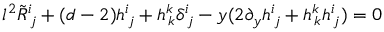
l ^ { 2 } \tilde { R } _ { \, j } ^ { i } + ( d - 2 ) h _ { \, j } ^ { i } + h _ { \, k } ^ { k } \delta _ { \, j } ^ { i } - y ( 2 \partial _ { y } h _ { \, j } ^ { i } + h _ { \, k } ^ { k } h _ { \, j } ^ { i } ) = 0